Scientific memoirs by medical officers of the Army of India - Part VIII,
Year: 1894
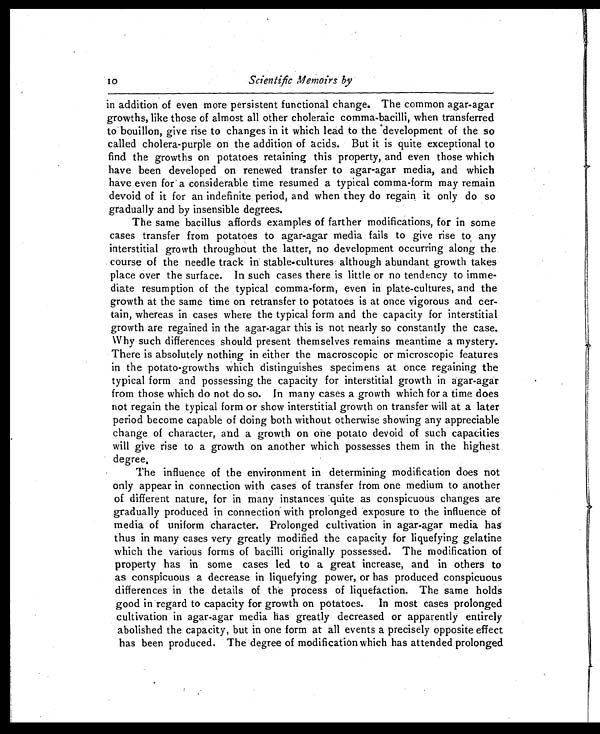
10
Scientific Memoirs by
in addition of even more persistent functional change. The common agar-agar
growths, like those of almost all other choleraic comma-bacilli, when transferred
to' bouillon, give rise to changes in it which lead to the 'development of the so
called cholera-purple on the addition of acids. But it is quite exceptional to
find the growths on potatoes retaining this property, and even those which
have been developed on renewed transfer to agar-agar media, and which
have even for' a considerable time resumed a typical comma-form may remain
devoid of it for an indefinite period, and when they do regain it only do so
gradually and by insensible degrees.
The same bacillus affords examples of farther modifications, for in some
cases transfer from potatoes to agar-agar media fails to give rise to, any
interstitial growth throughout the latter, no development occurring along the.
course of the needle track in' stable-cultures although abundant growth takes
place over the surface. In such cases there is little or no tendency to imme-
diate resumption of the typical comma-form, even in plate-cultures, and the
growth at the same time on retransfer to potatoes is at once vigorous and cer-
tain, whereas in cases where the typical form and the capacity for interstitial
growth are regained in the agar-agar this is not nearly so constantly the case.
Why such differences should present themselves remains meantime a mystery.
There is absolutely nothing in either the macroscopic or microscopic features
in the potato-growths which distinguishes specimens at once regaining the
typical form and possessing the capacity for interstitial growth in agar-agar
from those which do not do so. In many cases a growth which for a time does
not regain the typical form or show interstitial growth on transfer will at a later
period become capable of doing both without otherwise showing any appreciable
change of character, and a growth on one potato devoid of such capacities
will give rise to a growth on another which possesses them in the highest
degree.
The influence of the environment in determining modification does not
only appear in connection with cases of transfer from one medium to another
of different nature, for in many instances quite as conspicuous changes are
gradually produced in connection with prolonged exposure to the influence of
media of uniform character. Prolonged cultivation in agar-agar media has
thus in many cases very greatly modified the capacity for liquefying gelatine
which the various forms of bacilli originally possessed. The modification of
property has in some cases led to a great increase, and in others to
as conspicuous a decrease in liquefying power, or has produced conspicuous
differences in the details of the process of liquefaction. The same holds
good in regard to capacity for growth on potatoes. In most cases prolonged
cultivation in agar-agar media has greatly decreased or apparently entirely
abolished' the capacity, but in one form at all events a precisely opposite effect
has been produced. The degree of modification which has attended prolonged